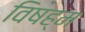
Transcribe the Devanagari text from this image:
विषह्म